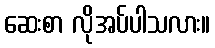
ဆေးစာ လိုအပ်ပါသလား။